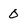
Character: 0